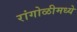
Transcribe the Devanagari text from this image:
रांगोळीमध्ये